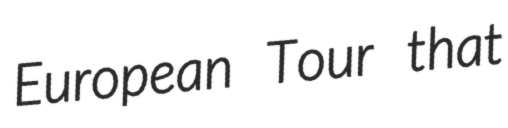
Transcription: European Tour that